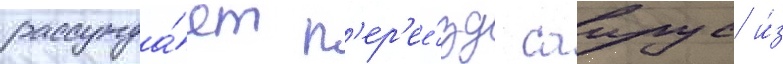
рассужда́ет п'ер'ее́зд саирус и́з